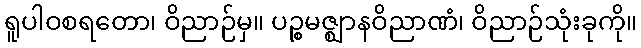
ရူပါဝစရတော၊ ဝိညာဉ်မှ။ ပဉ္စမဇ္ဈာနဝိညာဏံ၊ ဝိညာဉ်သုံးခုကို။